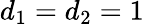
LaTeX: d_{1}=d_{2}=1